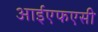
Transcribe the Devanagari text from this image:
आईएफएसी